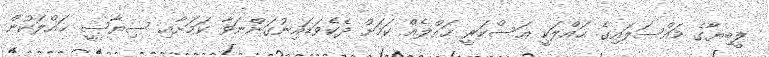
ލީބިޔާގެ މައްސަލައިގެ ޙައްލަކީ ޢަސްކަރީ ޙައްލެއް ކަމަށް ދެކެވަޑައިނުގަންނަވާ ކަމަށާއި ސިޔާސީ ޙައްލަކުން